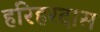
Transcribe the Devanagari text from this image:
हरिहरदास